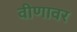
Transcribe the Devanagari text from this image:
वीणावर